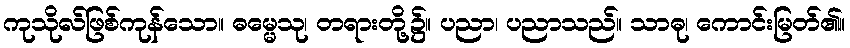
ကုသိုလ်ဖြစ်ကုန်သော။ ဓမ္မေသု၊ တရားတို့၌။ ပညာ၊ ပညာသည်။ သာဓု၊ ကောင်းမြတ်၏။